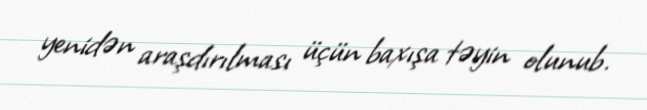
yenidən araşdırılması üçün baxışa təyin olunub.